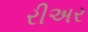
રીઅર